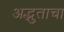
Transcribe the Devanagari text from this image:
अद्भुताचा